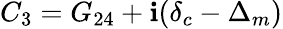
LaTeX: {C_{3}}={G_{24}}+\mathbf{i}({\delta_{c}}-{\Delta_{m}})